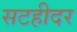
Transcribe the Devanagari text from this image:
सटहीदर